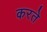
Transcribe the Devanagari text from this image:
करते